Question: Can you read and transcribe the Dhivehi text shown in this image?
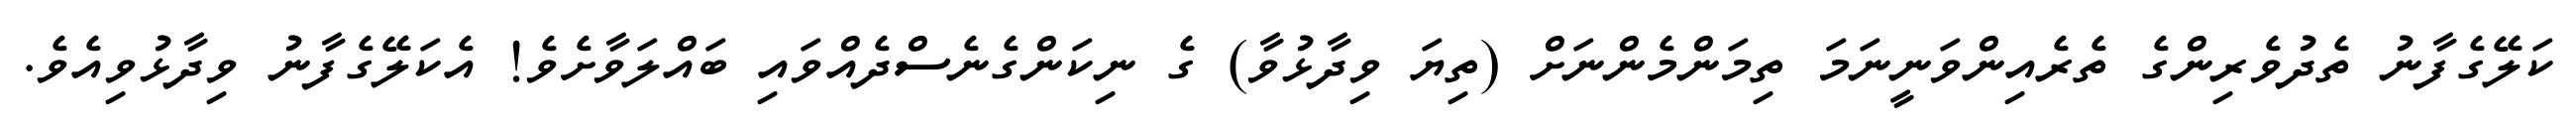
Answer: ކަލޭގެފާނު ތެދުވެރިންގެ ތެރެއިންވަނީނަމަ ތިމަންމެންނަށް (ތިޔަ ވިދާޅުވާ) ގެ ނިކަންގެނެސްދެއްވައި ބައްލަވާށެވެ! އެކަލޭގެފާނު ވިދާޅުވިއެވެ.